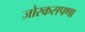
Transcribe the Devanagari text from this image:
जोरकसपणा